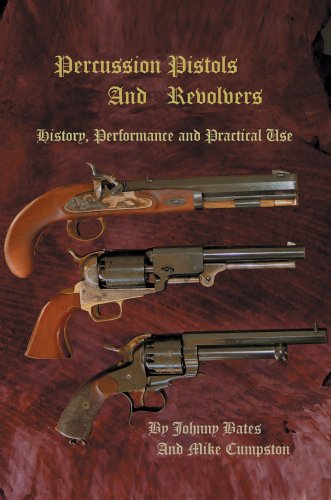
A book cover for Percussion Pistols And Revolvers: History, Performance and Practical Use; Mike Cumpston; Crafts, Hobbies & Home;